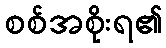
စစ်အစိုးရ၏